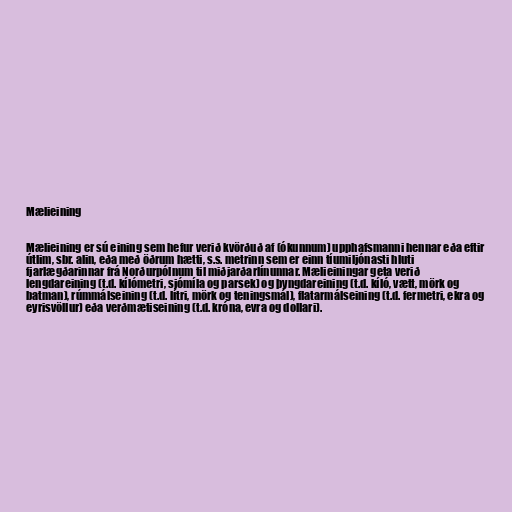
Mælieining

Mælieining er sú eining sem hefur verið kvörðuð af (ókunnum) upphafsmanni hennar eða eftir
útlim, sbr. alin, eða með öðrum hætti, s.s. metrinn sem er einn tíumiljónasti hluti
fjarlægðarinnar frá Norðurpólnum til miðjarðarlínunnar. Mælieiningar geta verið
lengdareining (t.d. kílómetri, sjómíla og parsek) og þyngdareining (t.d. kíló, vætt, mörk og
batman), rúmmálseining (t.d. lítri, mörk og teningsmál), flatarmálseining (t.d. fermetri, ekra og
eyrisvöllur) eða verðmætiseining (t.d. króna, evra og dollari).